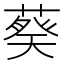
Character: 𬞂